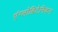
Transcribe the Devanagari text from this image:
एंग्लोब्रिटेनिकन